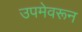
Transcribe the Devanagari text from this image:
उपमेवरून